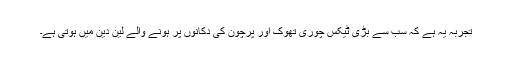
تجربہ یہ ہے کہ سب سے بڑی ٹیکس چوری تھوک اور پرچون کی دکانوں پر ہونے والے لین دین میں ہوتی ہے۔